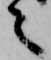
々